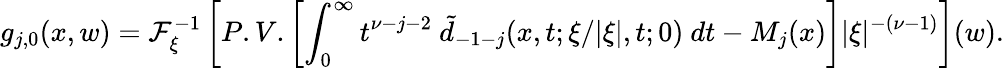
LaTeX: \displaystyle g_{j,0}(x,w)={\cal F}_{\xi}^{-1}\left[P.V.\left[\int_{0}^{\infty}t^{\nu-j-2}\ \tilde{d}_{-1-j}(x,t;\xi/\vert\xi\vert,t;0)\ dt-M_{j}(x)\right]\vert\xi\vert^{-(\nu-1)}\right](w).